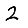
Digit: 2